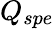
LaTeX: Q_{spe}